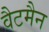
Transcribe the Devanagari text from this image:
वैटमैन